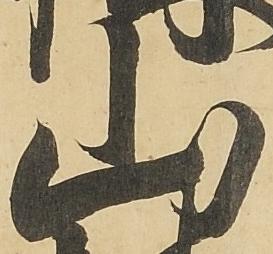
山